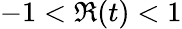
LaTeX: -1<\Re(t)<1